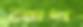
জৈল